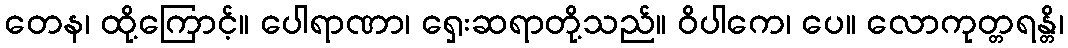
တေန၊ ထို့ကြောင့်။ ပေါရာဏာ၊ ရှေးဆရာတို့သည်။ ဝိပါကေ၊ ပေ။ လောကုတ္တရန္တိ၊